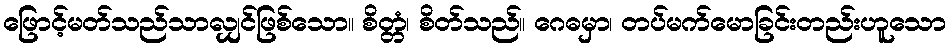
ဖြောင့်မတ်သည်သာလျှင်ဖြစ်သော။ စိတ္တံ၊ စိတ်သည်။ ဂေဓမှာ၊ တပ်မက်မောခြင်းတည်းဟူသော